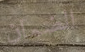
الضمان